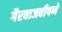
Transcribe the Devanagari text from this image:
गैरवाजवीपणे